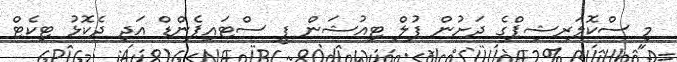
މި ސްކޮލަރޝިޕްގެ ދަށުން ފުލް ޓިއުޝަން ފީ ސްޓައިޕެންޑް އަދި ދެކޮޅު ޓިކެޓް